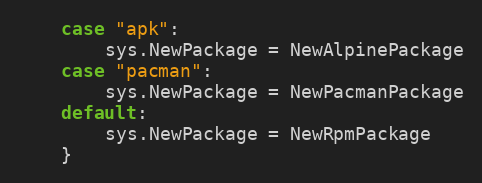
Language: Go
	case "apk":
		sys.NewPackage = NewAlpinePackage
	case "pacman":
		sys.NewPackage = NewPacmanPackage
	default:
		sys.NewPackage = NewRpmPackage
	}